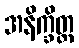
အနိက္ခိတ္တ